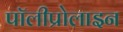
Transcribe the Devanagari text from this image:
पॉलीप्रोलाइन